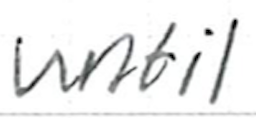
Text: until
Cross-out: clean
Writing tool: ballpoint